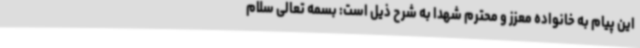
این پیام به خانواده معزز و محترم شهدا به شرح ذیل است: بسمه تعالی سلام